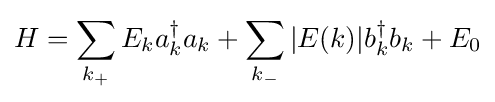
H=\sum _{k_{+}}E_{k}a_{k}^{\dagger }a_{k}+\sum _{k_{-}}|E(k)|b_{k}^{\dagger }b_{k}+E_{0}